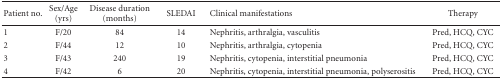
| Patient no. | Sex/Age (yrs) | Disease duration (months) | SLEDAI | Clinical manifestations | Therapy |
 | --- | --- | --- | --- | --- | --- |
 | 1 | F/20 | 84 | 14 | Nephritis, arthralgia, vasculitis | Pred, HCQ, CYC |
 | 2 | F/44 | 12 | 10 | Nephritis, arthralgia, cytopenia | Pred, HCQ, CYC |
 | 3 | F/43 | 240 | 19 | Nephritis, cytopenia, interstitial pneumonia | Pred, HCQ, CYC |
 | 4 | F/42 | 6 | 20 | Nephritis, cytopenia, interstitial pneumonia, polyserositis | Pred, HCQ, CYC |